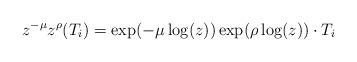
LaTeX: \begin{align*} z^{-\mu} z^\rho(T_i) = \exp (-\mu \log(z)) \exp ( \rho \log(z)) \cdot T_i \end{align*}